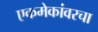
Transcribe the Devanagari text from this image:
एकमेकांवरचा